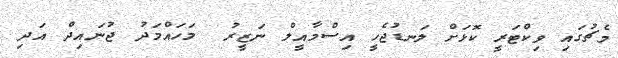
މެޗުގައި ވިކްޓަރީ ކޮޅަށް ލަނޑުޖެހީ އިސްމާއީލް ނަޒީރު  މަހައްމަދު ޖުނައިދް އަދި